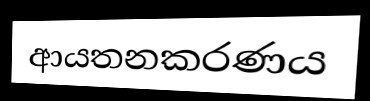
ආයතනකරණය